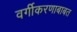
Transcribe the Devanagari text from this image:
वर्गीकरणाबाबत